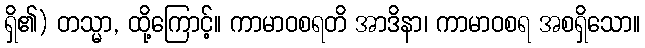
ရှိ၏) တသ္မာ, ထို့ကြောင့်။ ကာမာဝစရတိ အာဒိနာ၊ ကာမာဝစရ အစရှိသော။